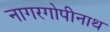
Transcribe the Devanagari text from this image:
नागरगोपीनाथ